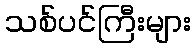
သစ်ပင်ကြီးများ